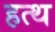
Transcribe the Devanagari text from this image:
हत्थ